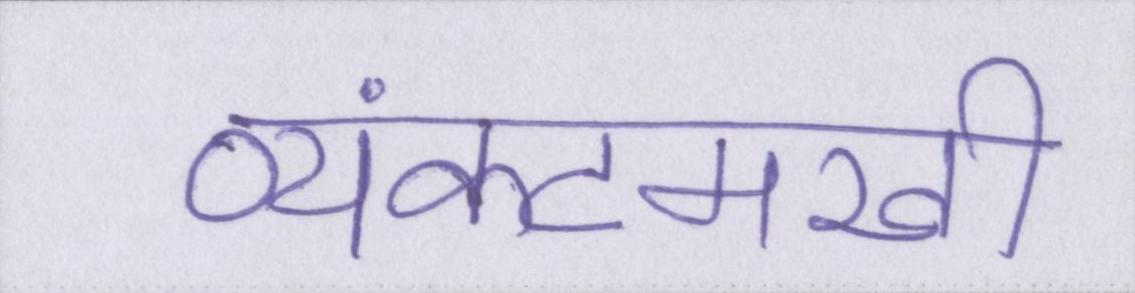
व्यंकटमखी